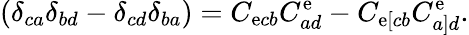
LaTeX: (\delta_{ca}\delta_{bd}-\delta_{cd}\delta_{ba})=C_{\mathrm{e}cb}C_{ad}^{\mathrm{e}}-C_{\mathrm{e}[cb}C_{a]d}^{\mathrm{e}}.